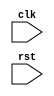
module for_loop_example(
  input wire clk,
  input wire rst
);

reg [7:0] loop_counter;

always @(posedge clk or posedge rst) begin
  if (rst) begin
    loop_counter <= 8'h00; // Initialize loop counter
  end else begin
    for (loop_counter = 8'h00; loop_counter < 8'h0A; loop_counter = loop_counter + 1) begin
      // Insert code to be executed in each iteration of the loop
    end
  end
end

endmodule